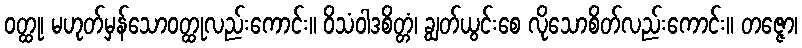
ဝတ္ထု၊ မဟုတ်မှန်သောဝတ္ထုလည်းကောင်း။ ဝိသံဝါဒစိတ္တံ၊ ချွတ်ယွင်းစေ လိုသောစိတ်လည်းကောင်း။ တဇ္ဇော၊